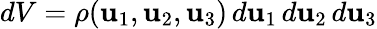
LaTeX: dV=\rho(\mathbf{u}_{1},\mathbf{u}_{2},\mathbf{u}_{3})\, d\mathbf{u}_{1}\, d\mathbf{u}_{2}\, d\mathbf{u}_{3}